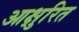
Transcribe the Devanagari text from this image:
आक्षुरित